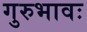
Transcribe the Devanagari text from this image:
गुरुभावः